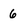
Character: 6